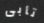
تأبى